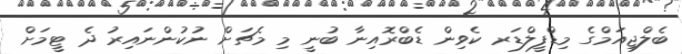
ބެލްޖިއަމްގެ މިޑްފީލްޑަރ ކެވިން ޑެބްރޮއިނާ ބުނީ މި މެޗަށް ނުކުންނައިރު ދެ ޓީމަށް